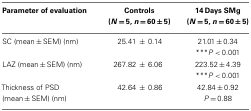
<table><thead><tr><td><b>Parameter of evaluation</b></td><td><b>Controls</b></td><td><b>14 Days SMg</b></td></tr><tr><td></td><td><b>(<i>N</i> = 5, <i>n</i> = 60 ± 5)</b></td><td><b>(<i>N</i> = 5, <i>n</i> = 60 ± 5)</b></td></tr></thead><tbody><tr><td>SC (mean ± SEM) (nm)</td><td>25.41 ± 0.14</td><td>21.01 ± 0.34</td></tr><tr><td></td><td></td><td>***<i>P</i> &lt; 0.001</td></tr><tr><td>LAZ (mean ± SEM) (nm)</td><td>267.82 ± 6.06</td><td>223.52 ± 4.39</td></tr><tr><td></td><td></td><td>***<i>P</i> &lt; 0.001</td></tr><tr><td>Thickness of PSD (mean ± SEM) (nm)</td><td>42.64 ± 0.86</td><td>42.84 ± 0.92</td></tr><tr><td></td><td></td><td><i>P</i> = 0.88</td></tr></tbody></table>